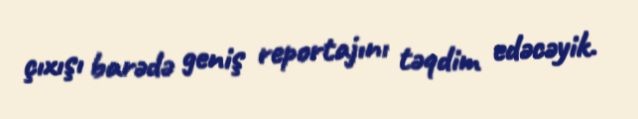
çıxışı barədə geniş reportajını təqdim edəcəyik.